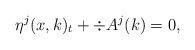
LaTeX: \begin{align*}\eta^j(x,k)_t+\div A^j(k)&=0,\end{align*}